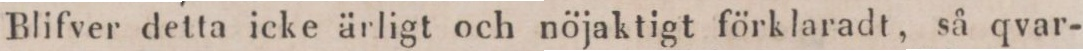
Blifver detta icke ärligt och nöjaktigt förklaradt, så qvar-